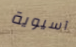
آسيوية